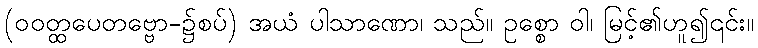
(ဝဝတ္ထပေတဗ္ဗော-၌စပ်) အယံ ပါသာဏော၊ သည်။ ဥစ္စော ဝါ၊ မြင့်၏ဟူ၍၎င်း။